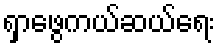
ရှာဖွေကယ်ဆယ်ရေး